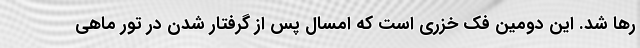
رها شد. این دومین فک خزری است که امسال پس از گرفتار شدن در تور ماهی